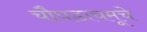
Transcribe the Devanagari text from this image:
चौघडाचमूचे